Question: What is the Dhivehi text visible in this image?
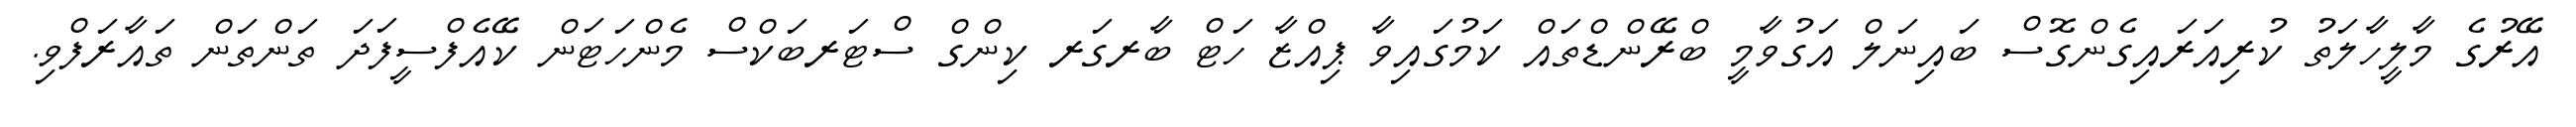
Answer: އޭރުގެ މާލީހާލަތު ކުރިއަރައިގެންގޮސް ބައިނަލް އަގުވާމީ ބްރޭންޑްތައް ކަމުގައިވާ ޕިއްޒާ ހަޓް ބާރގަރ ކިންގް ސްޓަރބަކްސް މެންހަޓަން ކޭއެފްސީފަދަ ތަންތަން ތައާރަފްވި.